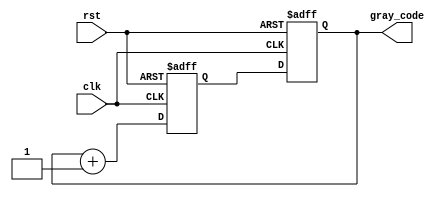
module gray_code_counter (
  input wire clk,
  input wire rst,
  output reg [3:0] gray_code
);

reg [3:0] gray_code_next, gray_code_current;

always @(posedge clk or posedge rst) begin
  if (rst) begin
    gray_code_next <= 4'b0000;
  end else begin
    gray_code_next <= gray_code_current + 1;
  end
end

always @(posedge clk or posedge rst) begin
  if (rst) begin
    gray_code_current <= 4'b0000;
  end else begin
    gray_code_current <= gray_code_next;
  end
end

assign gray_code = gray_code_current;

endmodule